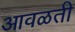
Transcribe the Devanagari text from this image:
आवळती